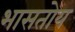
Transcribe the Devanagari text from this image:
भासतोय